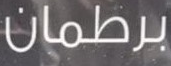
برطمان